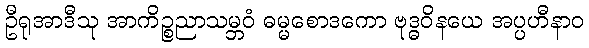
ဦရုအာဒီသု အာကိဉ္စညာသမ္ဘဝံ ဓမ္မစောဒကော ဗုဒ္ဓဝိနယေ အပ္ပဟီနာဝ